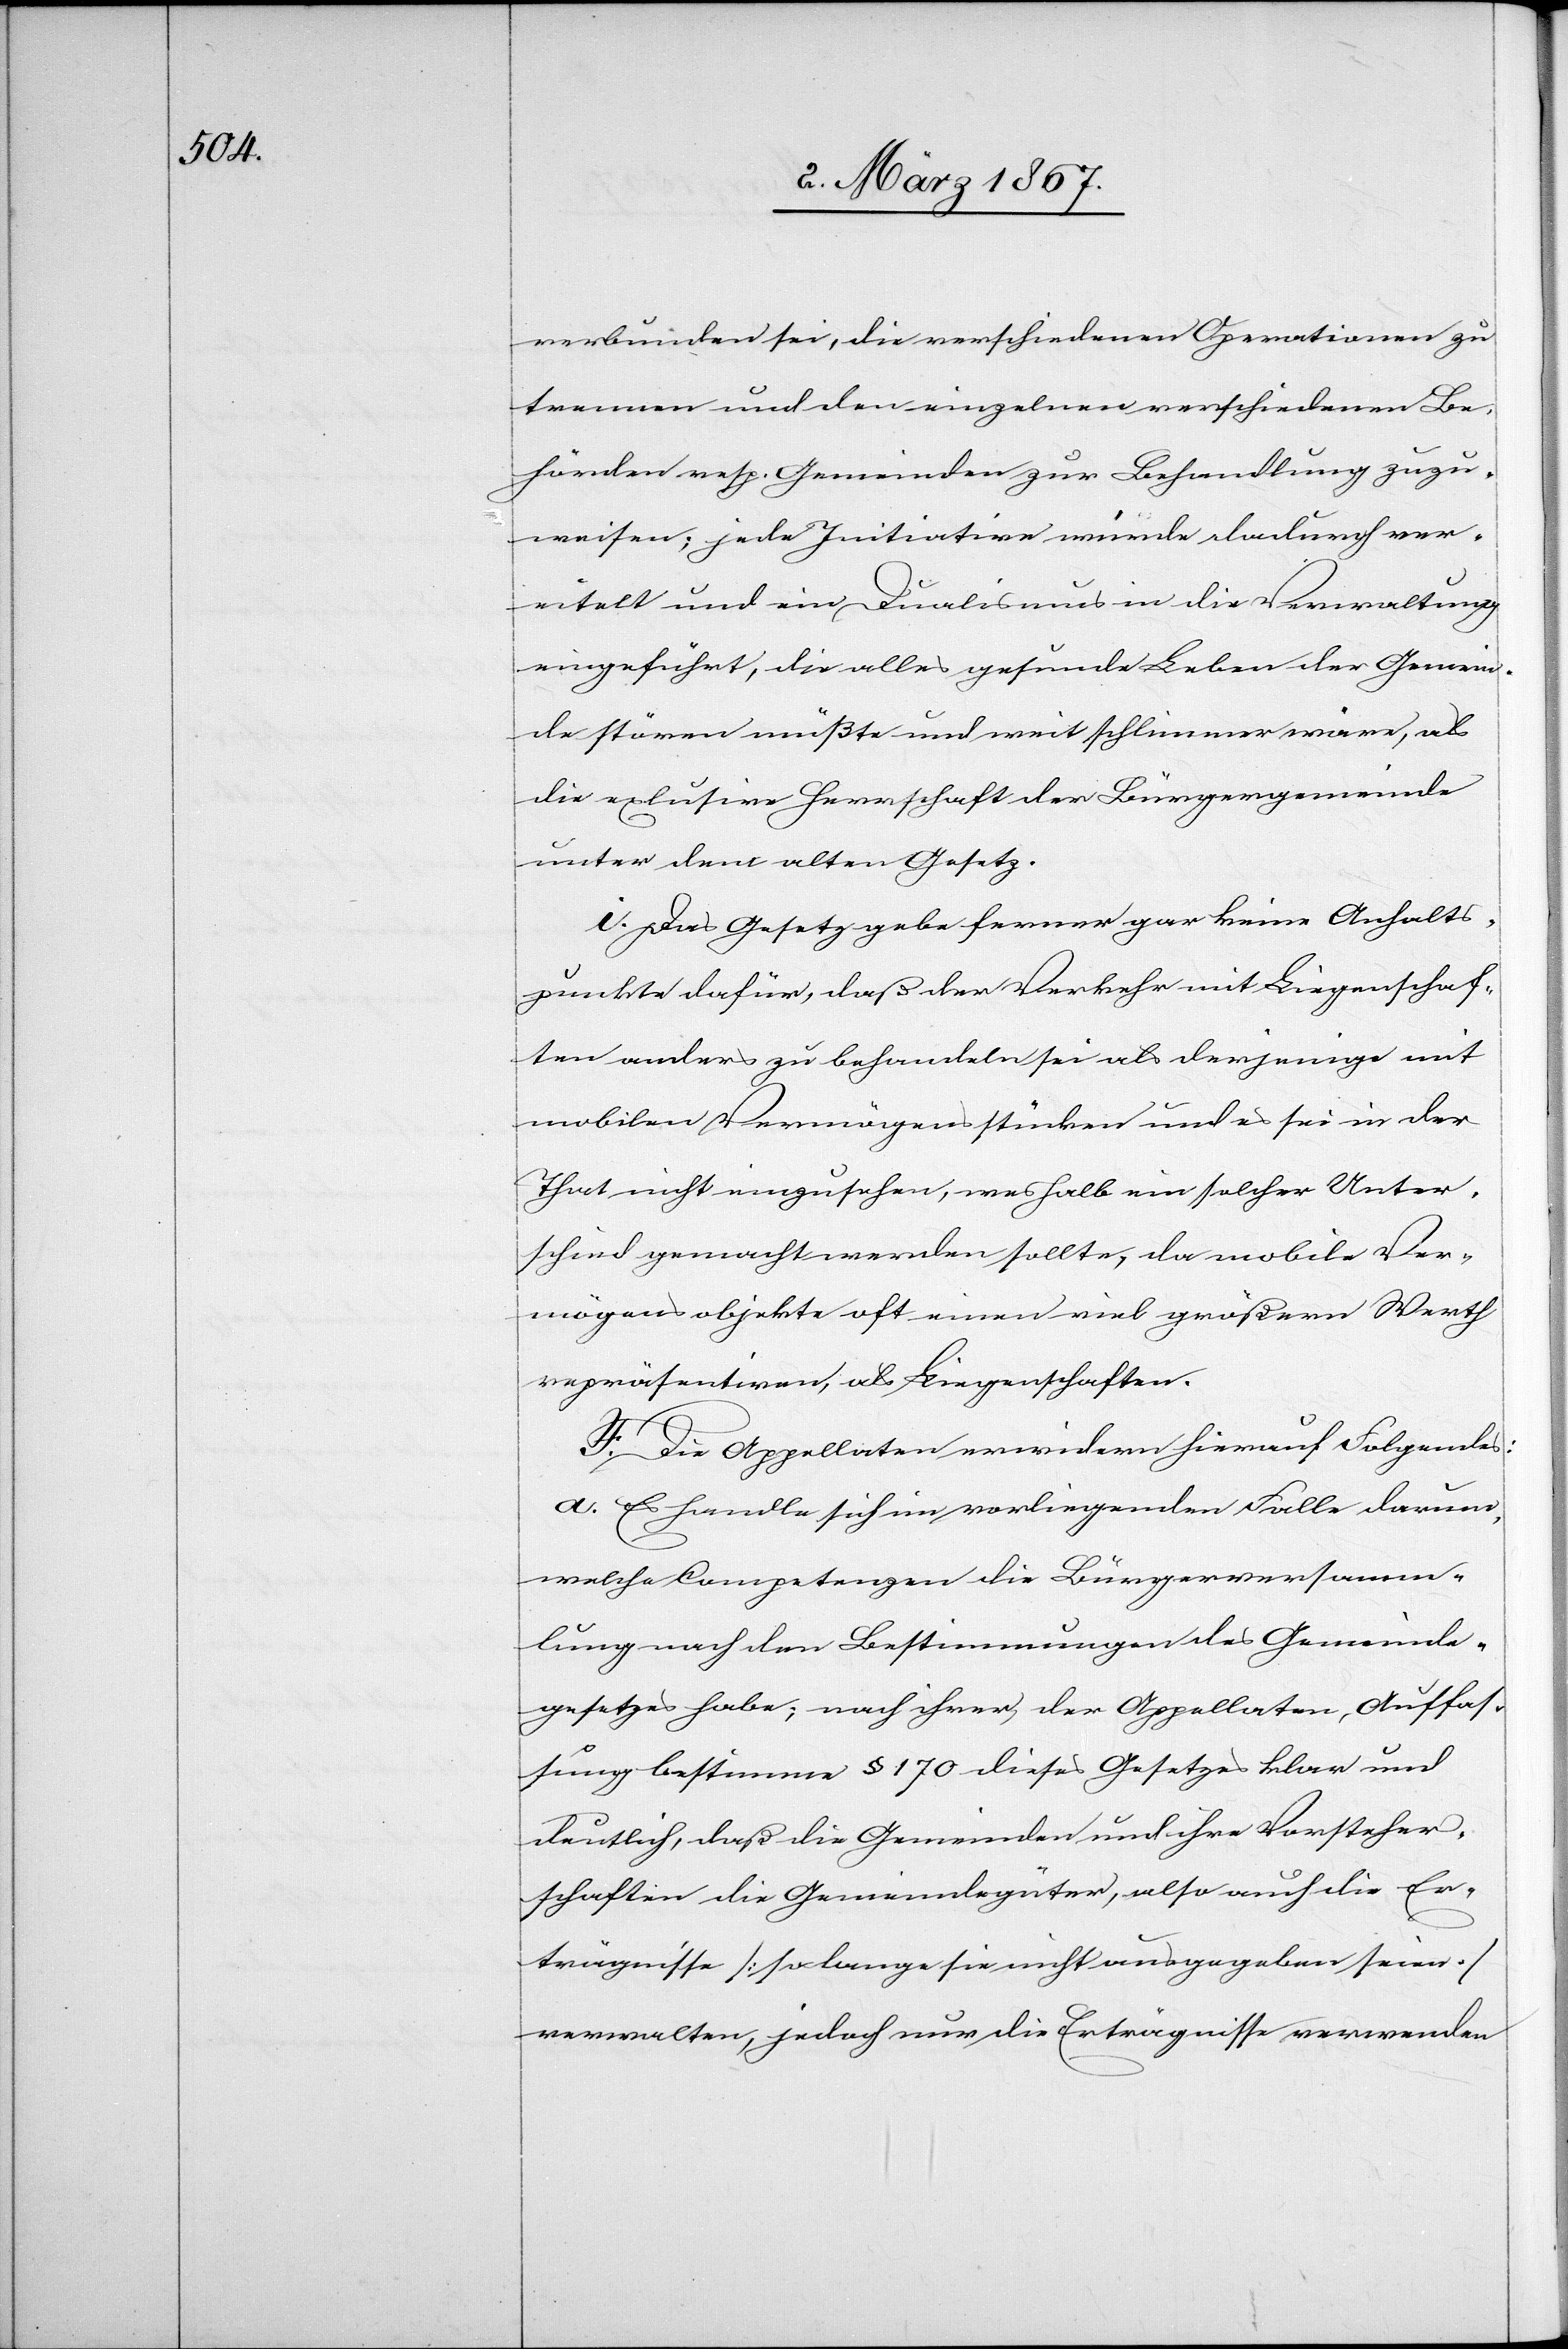
verbunden sei, die verschiedenen Operationen zu
trennen und den einzelnen verschiedenen Be¬
hörden, resp. Gemeinden zur Behandlung zuzu¬
weisen; jede Initiative würde dadurch ver¬
eitelt und ein Dualismus in der Verwaltung
eingeführt, die alles gesunde Leben der Gemein¬
de stören müßte und weit schlimmer wäre, als
die ex[c]lusive Herrschaft der Bürgergemeinde
unter dem alten Gesetz.
i. Das Gesetz gebe ferner gar keine Anhalts¬
punkte dafür, daß der Verkehr mit Liegenschaf¬
ten anders zu behandeln sei als derjenige mit
mobilen Vermögensstücken und es sei in der
That nicht einzusehen, weshalb ein solcher Unter¬
schied gemacht werden sollte, da mobile Ver¬
mögensobjekte oft einen viel größern Werth
repräsentiren, als Liegenschaften.
F. Die Appellaten erwidern hierauf Folgendes:
a. Es handle sich im vorliegenden Falle darum,
welche Competenzen die Bürgerversamm¬
lung nach den Bestimmungen des Gemeinde¬
gesetzes habe; nach ihrer, der Appellaten, Auffas¬
sung bestimme § 170 dieses Gesetzes klar und
deutlich, daß die Gemeinden und ihre Vorsteher¬
schaften die Gemeindegüter, also auch die Er¬
trägnisse [so lange sie nicht ausgegeben seien]
verwalten, jedoch nur die Erträgnisse verwenden